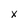
Character: x